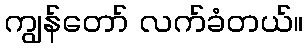
ကျွန်တော် လက်ခံတယ်။